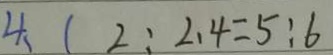
4 、 ( 2 : 2 . 4 = 5 : 6